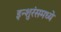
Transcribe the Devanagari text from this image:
इन्शुरंसमध्ये